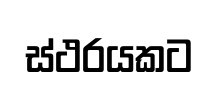
ස්ථරයකට